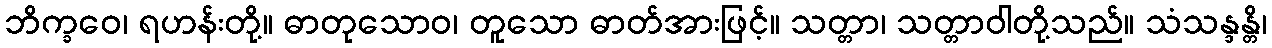
ဘိက္ခဝေ၊ ရဟန်းတို့။ ဓာတုသောဝ၊ တူသော ဓာတ်အားဖြင့်။ သတ္တာ၊ သတ္တာဝါတို့သည်။ သံသန္ဒန္တိ၊